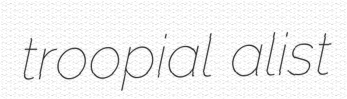
troopial alist